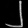
Digit: ၂